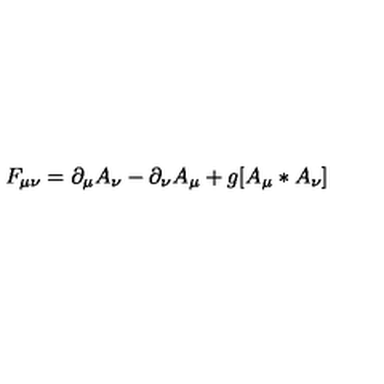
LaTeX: F _ { \mu \nu } = \partial _ { \mu } A _ { \nu } - \partial _ { \nu } A _ { \mu } + g [ A _ { \mu } * A _ { \nu } ]